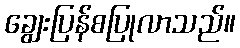
ချွေးပြန်စပြုလာသည်။